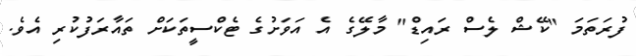
ފުރަތަމަ "ކޭޝް ލެސް ރައިޑް" މާލޭގެ އެ އަވަަށުގެ ޓެކްސީތަކަށް ތައާރަފުކުރި އެވެ.